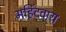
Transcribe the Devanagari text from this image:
महिंदवारा